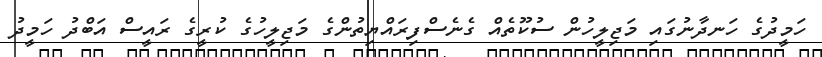
ހަމީދުގެ ހަނދާނުގައި މަޖިލީހުން ސުކޫތެއް ގެނެސްފިރައްޔިތުންގެ މަޖިލީހުގެ ކުރީގެ ރައީސް އަބްދު ހަމީދު